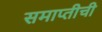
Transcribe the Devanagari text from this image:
समाप्तीची